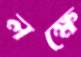
লক্ষে